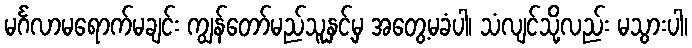
မင်္ဂလာမရောက်မချင်း ကျွန်တော်မည်သူနှင့်မှ အတွေ့မခံပါ၊ သံလျင်သို့လည်း မသွားပါ၊